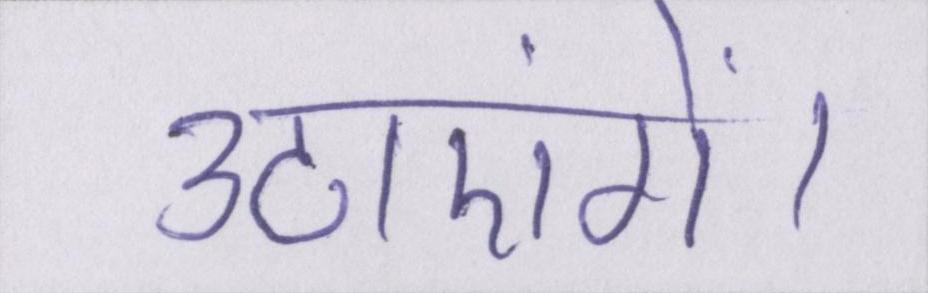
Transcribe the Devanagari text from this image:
उठाएंगे।